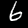
Digit: 6